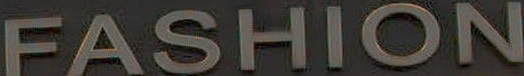
FASHION